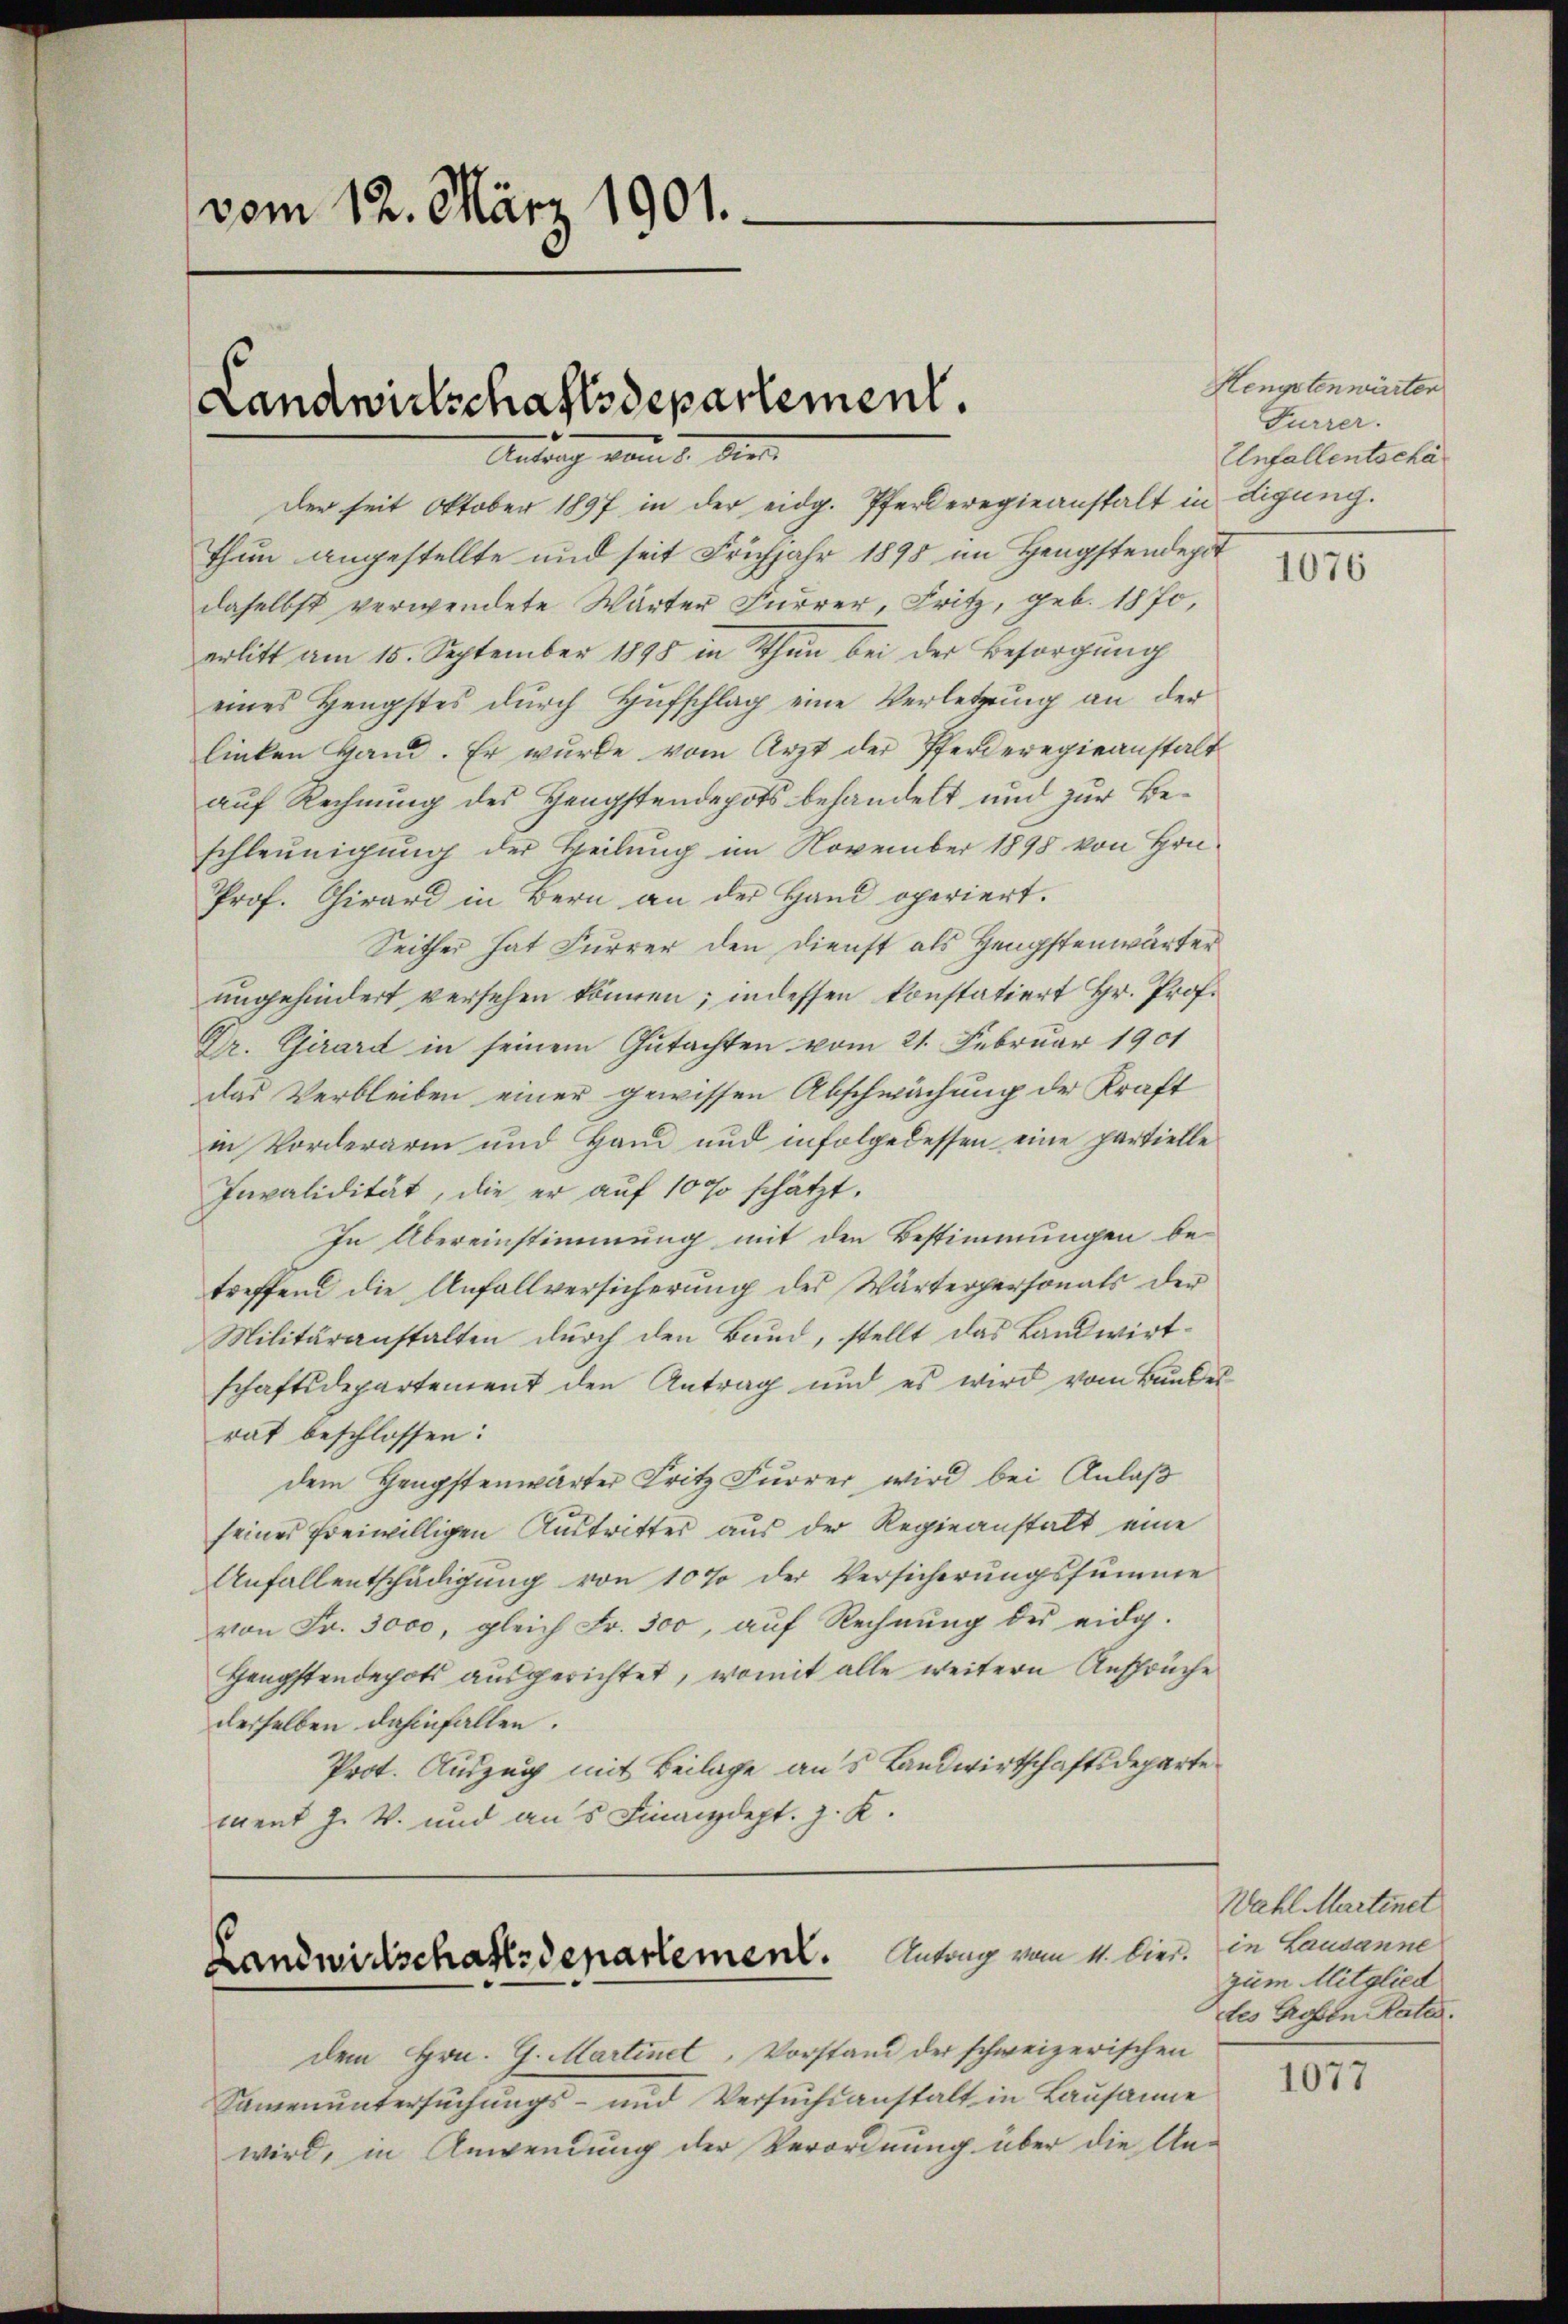
vom 12. März 1901.

Der seit Oktober 1897 in der eidg. Pferderegieanstalt in digung.
thun angestellte und seit Frühjahr 1898 im Hengstendepot
daselbst verwendete Wärter Furrer, Fritz, geb. 18 Joerlitt am 15. September 1898 in Thun bei der Besorgung
eines Hengstes durch Hufschlag eine Verletzung an der
linken Hand. Er wurde vom Arzt der Pferderegieanstalt
auf Rechnung des Hengstendepots behandelt und zur Beschleunigung der Weilung im November 1898 von Hrn.
Prof. Chirard in Bern an der Hand operiert.
Seither hat Furrer den Dienst als Hengstenwärter
ungehindert versehen können; in dessen konstatiert Hr. Prof.
Dr. Girard in seinem Gutachten vom 21. Februar 1901
das Verbleiben einer gewissen Abschwächung der Kraft
in Vorderari und Hand und infolgedessen eine partielle
Invalidität, die er aŭf 1000 schätzt.
In Übereinstimmung mit den Bestimmungen be-
treffend die Anfallversicherung des Wärterpersonals der
Militäranstalten durch den Bund, stellt das Landwirtschaftsdepartement den Antrag und es wird vom Bundes
rat beschlossen:
dem Hengstenwärter Fritz Furrer, wird bei Anlaß
seines freiwilligen Austritter aus der Regieanstalt eine
Anfallentschädigung von 10 % der Versicherungssumme
von Fr. 3000, gleich Fr. 300, auf Rechnung des eidg.
Hengstendechts ausgerichtet, womit alle weitern Ansprüche
derselben dahinfallen.
Prot. Auszug mit Beilage aus Landwirtschaftsdeparte
ment J. V. und aus Finanzdept. J. K.

Landwirtschaftsdepartement.
d. Der
a

dem Hrn. G. Martinet, Vorstand der schweizerischen
Samenuntersuchungs- und Versuchsanstalt in Lausanne
wird, in Anwendung der Verordnung über die Un-

Landwirtschaftsdepartement. Antrag vom 11. lit. in Landarme

Hengstenwärter
Furrer.
Unfallentscha

1076

Wahl Martinet
zum Mitglied
tes Großen Rates.

1077